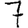
Digit: 7